Tartu_kinnistusamet, lk 8
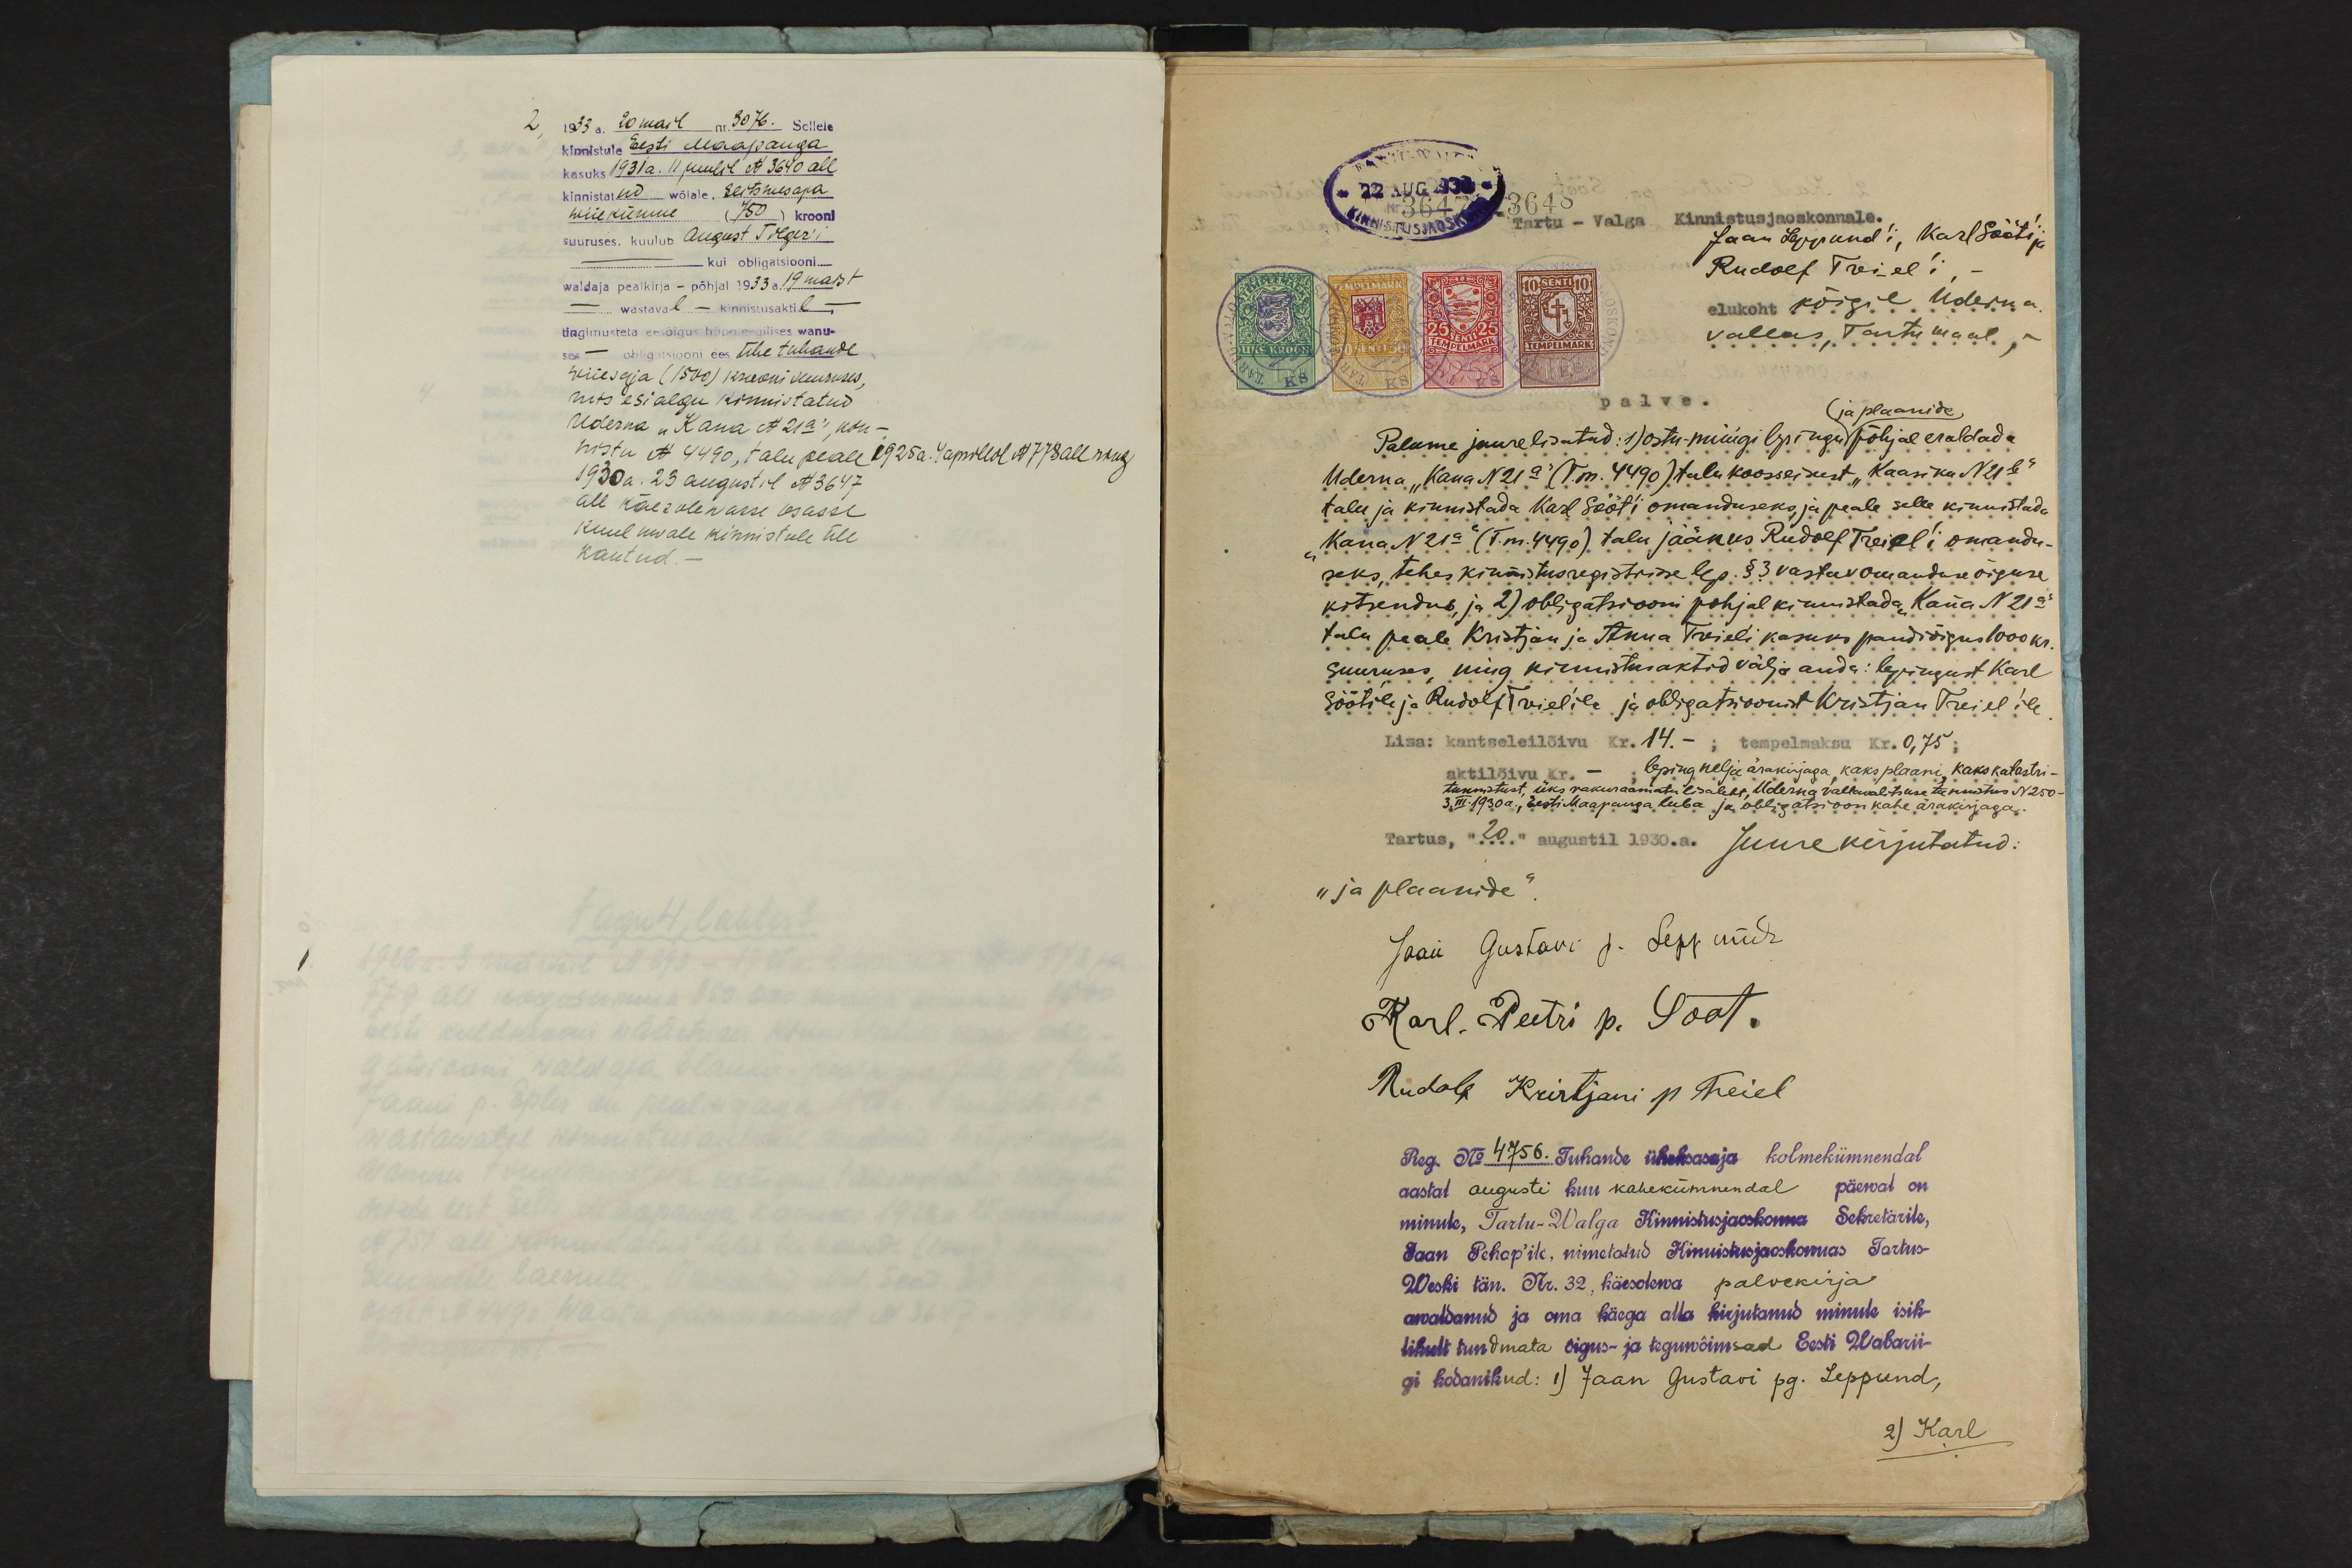
2, 1933 a. 20 mail nr. 3076. Sellele
kinnistule Eesti Maapanga
kasuks 1931a. 11 juulil No 3640 all
kinnistatud wõlale. Seitsmesaja
wiiekümne (750) krooni
suuruses kustab August Tilger'i
- kui obligatsiooni
waldaja pealkirja - põhjal 1933 a. 19 maist
- wastaval - kinnistusaktil -
tingimusteta eesõigus hüpoteegilises wanu-
ses - obligatsiooni ees ühe tuhande
wiieseja (1500) krooni suuruses,
mis esialgu kinnistatud.
Uderna "Kana No 21a", kin-
nistu No 4490, talu peale 1925a. 4 aprillil No 778 all ning
1930a. 23 augustil No 3647.
all käesolewasse osasse
kuuluwale kinnistule üle.
kautud.

22 AUG 1930
3648
Nr 3647
Tartu - Valga Kinnistusosakonnale
Jaan Leppund'i, Karl Sööti ja
Rudolf Treiel'i
elukoht kõigil Uderna
vallas, Tartumaal;
palve.
(ja plaanide
Palume juurelisatud: 1) ostu müügi lepingu põhjal eraldada
Uderna "Kana N 21a" (T.m. 4490) tulu koosseisest "Kaasiku N 21b"
talu ja kinnistada Karl Sööt'i omanduseks, ja peale selle kinnistada
"Kana N 21a (T.m. 4490) talu jäänus Rudolf Treiel'i omandu-
seks tehes kinnistusregistrisse lep. § 3 vastav omanduse õiguse
kitsendus, ja 2) obligatsiooni põhjal kinnistada "Kana N 21a"
talu peale Kristjan ja Anna Treieli kasuks pandi õigus 1000 kr
suuruses, ning kinnistusaktid välja anda: lepingust Karl
Söötile ja Rudolf Treiel'ile ja obligatsioonist Kristjan Treiel'ile
Lisa: kantseleilõivu Kr. 14.- ; tempelmaksu Kr. 0,75 ;
aktilõivu kr. - leping nelja ärakirjaga, kaks plaani, kaks kalastri-
tunnistust, üks vakuraamatu lisaleht, Uderna vallavalitsuse tunnistus N 250
3. III 1930a. Eesti Maapanga luba ja obligatsioon kahe ärakirjaga.
Tartus, "20 augustil 1930.a. juure kirjutatud:
"ja plaanide"
Jaan Gustavi p. Leppandr
Karl Peetri p. Sööt.
Rudolf Kristjani p. Treiel
Reg. No 4756. Tuhande üheksasaja kolmekümnendal
aastal augusti kuu kahekümnendal päewal on
minule, Tartu-Walga Kinnistusjaokonna Sekretärile,
Jaan Pehap'ile, nimetatud Kinnistusjaoskonnas Tartus-
Weski tän. Nr. 32, käesolewa palvekirja
awaldanud ja oma käega alla kirjutanud minule isik-
likult tundmata õigus- ja tegewõimsad Eesti Wabarii-
gi kodanikud: 1) Jaan Gustavi pg. Leppund,
2) Karl